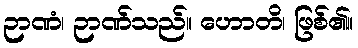
ဉာဏံ၊ ဉာဏ်သည်။ ဟောတိ၊ ဖြစ်၏။